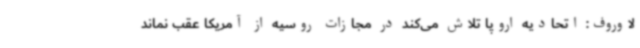
لاوروف: اتحادیه اروپا تلاش می‌کند در مجازات روسیه از آمریکا عقب نماند